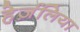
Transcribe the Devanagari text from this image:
हेर्ज़लिया